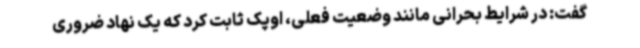
گفت: در شرایط بحرانی مانند وضعیت فعلی، اوپک ثابت کرد که یک نهاد ضروری